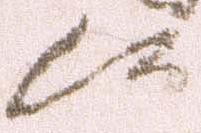
候